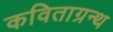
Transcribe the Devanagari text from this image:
कविताग्रन्थ